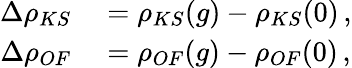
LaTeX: \begin{array}{rl}{\Delta\rho_{KS}}&{{}=\rho_{KS}(g)-\rho_{KS}(0)\, ,}\\ {\Delta\rho_{OF}}&{{}=\rho_{OF}(g)-\rho_{OF}(0)\, ,}\end{array}